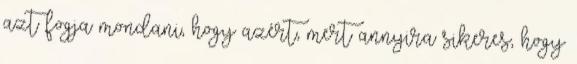
azt fogja mondani, hogy azért, mert annyira sikeres, hogy